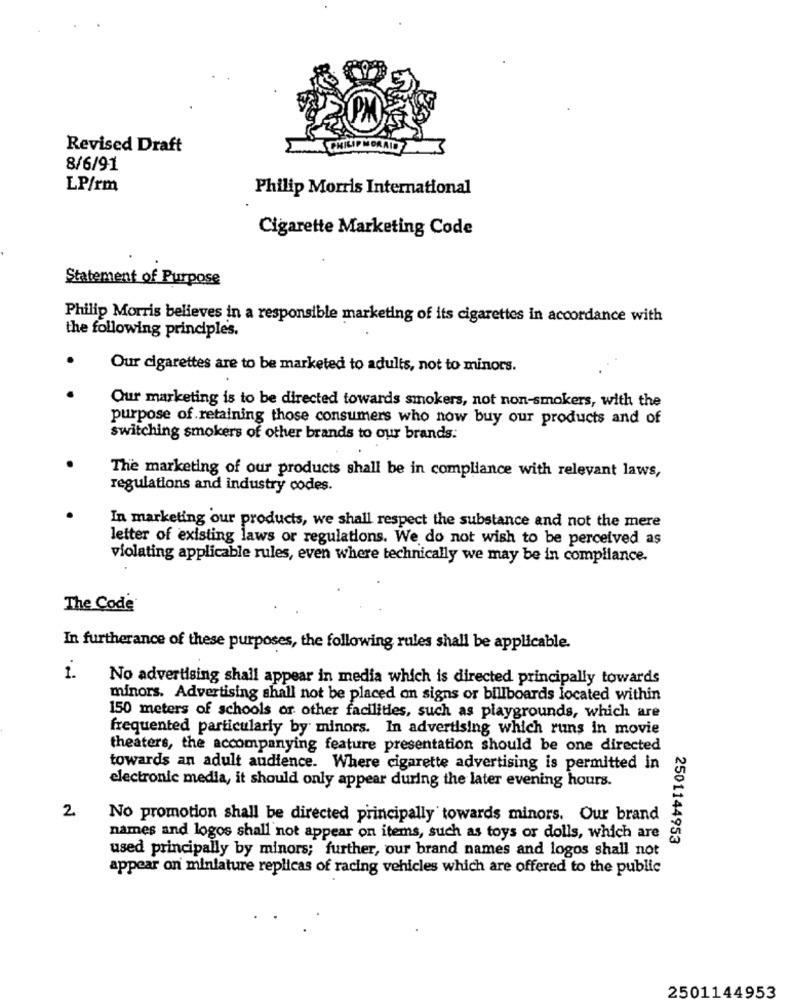
Revised Draft
8/6/91
LP/rm
Philip Morris International
Cigarette Marketing Code
Statement of Purpose
Philip Morris believes in a responsible marketing of its cigarettes in accordance with
the following principles.
Our cigarettes are to be marketed to adults, not to minors.
Our marketing is to be directed towards smokers, not non-smokers, with the
purpose of retaining those consumers who now buy our products and of
switching smokers of other brands to our brands.
The marketing of our products shall be in compliance with relevant laws,
regulations and industry codes.
In marketing our products, we shall respect the substance and not the mere
letter of existing laws or regulations. We do not wish to be perceived as
violating applicable rules, even where technically we may be in compliance.
The Code
In furtherance of these purposes, the following rules shall be applicable.
1.
No advertising shall appear in media which is directed principally towards
minors. Advertising shall not be placed on signs or billboards located within
150 meters of schools or other facilities, such as playgrounds, which are
frequented particularly by minors. In advertising which runs in movie
theaters, the accompanying feature presentation should be one directed
towards an adult audience. Where cigarette advertising is permitted in
electronic media, it should only appear during the later evening hours.
2
No promotion shall be directed principally towards minors. Our brand
names and logos shall not appear on items, such as toys or dolls, which are
2501144953
used principally by minors; further, our brand names and logos shall not
appear on miniature replicas of racing vehicles which are offered to the public
2501144953